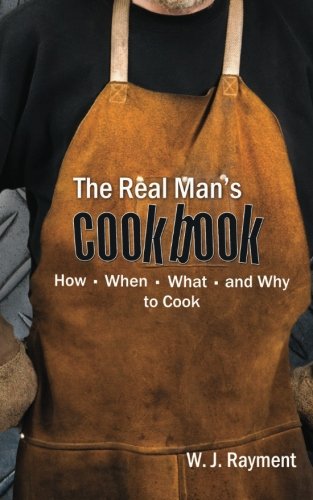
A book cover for The Real Man's Cookbook: How, When, What and Why to Cook; W J. Rayment; Humor & Entertainment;